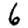
Digit: 6